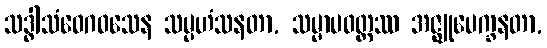
သဒ္ဓါသံဝေဂဝသေန သမ္ပဟံသနတာ, သမ္မာပဝတ္တဿ အဇ္ဈုပေက္ခနတာ,